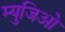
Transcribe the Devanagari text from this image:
म्युजिओ